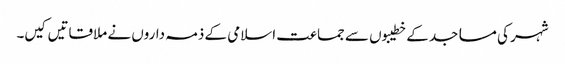
شہر کی مساجد کے خطیبوں سے جماعت اسلامی کے ذمہ داروں نے ملاقاتیں کیں۔